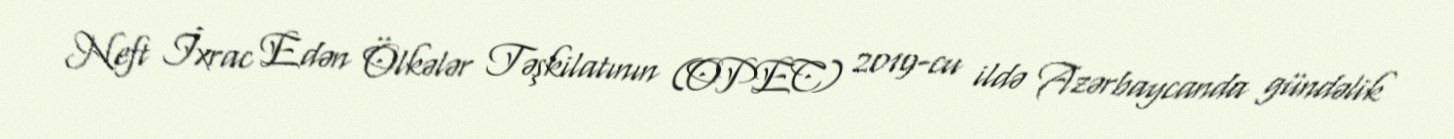
Neft İxrac Edən Ölkələr Təşkilatının (OPEC) 2019-cu ildə Azərbaycanda gündəlik